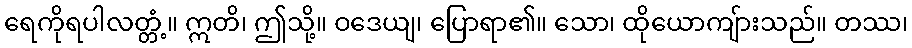
ရေကိုရပါလတ္တံ့။ ဣတိ၊ ဤသို့။ ဝဒေယျ၊ ပြောရာ၏။ သော၊ ထိုယောကျ်ားသည်။ တဿ၊